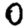
Digit: 0